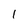
Character: 1